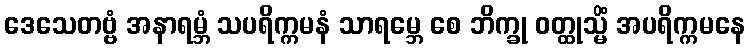
ဒေသေတဗ္ဗံ အနာရမ္ဘံ သပရိက္ကမနံ သာရမ္ဘေ စေ ဘိက္ခု ဝတ္ထုသ္မိံ အပရိက္ကမနေ